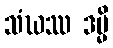
သံဃဿ ဒမ္မိ